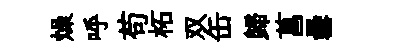
燥呼苟柘双缶歸菖罍